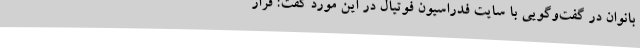
بانوان در گفت‌وگویی با سایت فدراسیون فوتیال در این مورد گفت: قرار